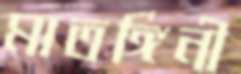
মাতঙ্গিনী